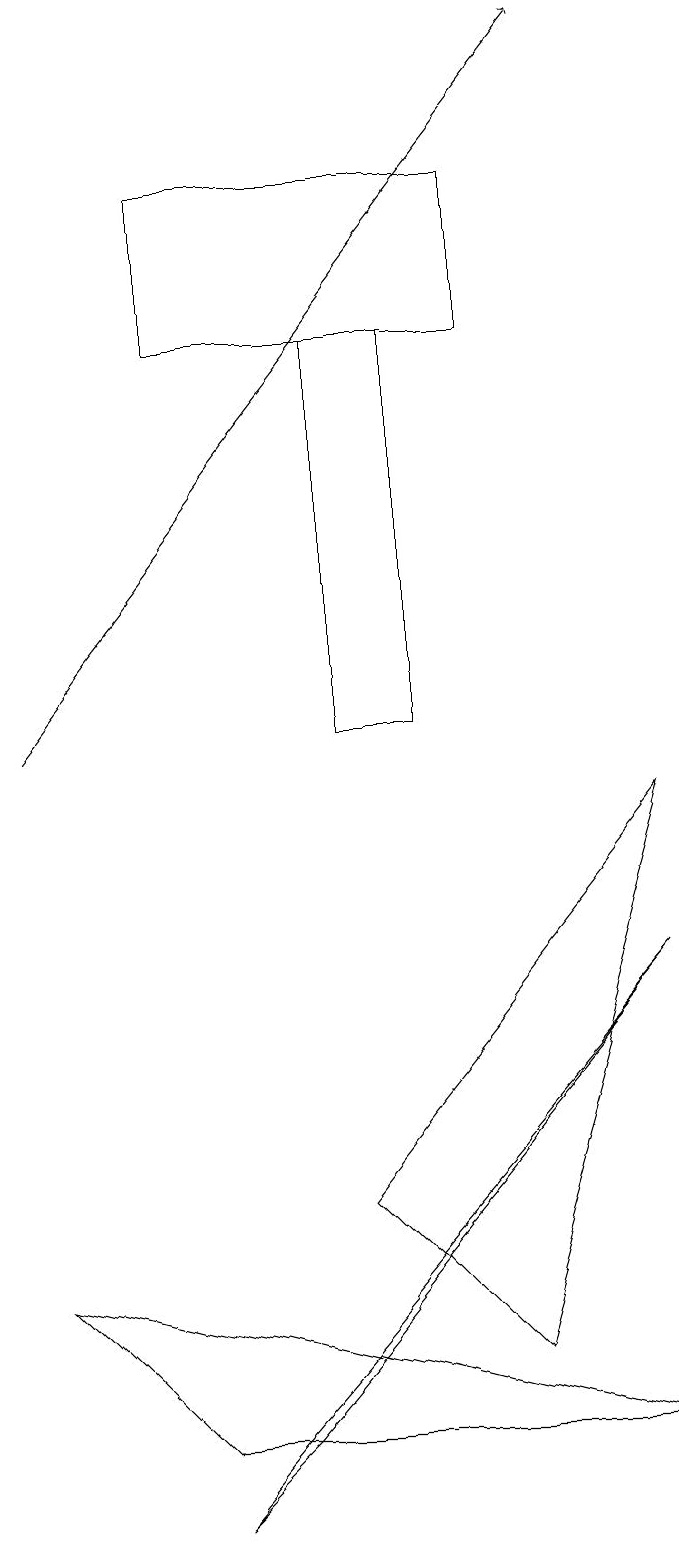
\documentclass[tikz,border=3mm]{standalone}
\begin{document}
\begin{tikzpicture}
\draw (0,3) -- (8,1) -- (2,1) -- cycle;
\draw (6,2) -- (4,4) -- (8,9) -- cycle;
\draw (5,15) rectangle (4,10);
\draw (2,0) -- (3,1) -- (8,7) -- cycle;
\draw[->] (0,10) -- (7,19);
\draw (2,15) rectangle (6,17);
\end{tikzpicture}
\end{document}